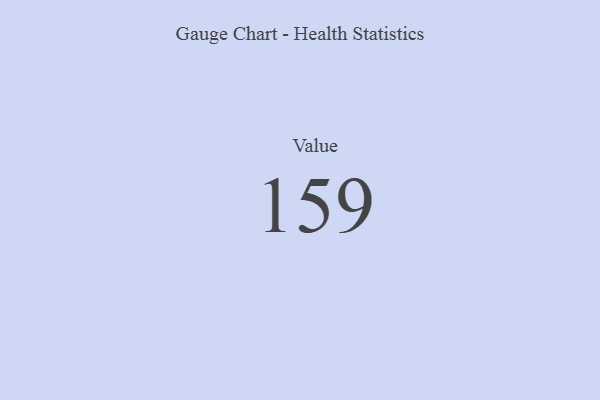
{"axis": {"x": "Metric", "y": "Value"}, "legend": [""], "data": [{"x": "Value", "y": 159, "type": ""}]}